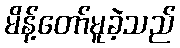
မိန့်တော်မူခဲ့သည်